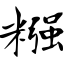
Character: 糨